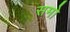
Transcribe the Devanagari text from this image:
समो